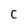
Character: C